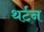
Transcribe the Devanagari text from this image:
थर्टन